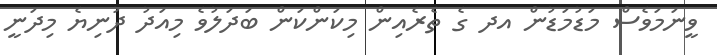
ވީނަމަވެސް މަޑުމަޑުން އދ ގެ ތެރެއިން މިކަންކަން ބަދަލުވެ މިއަދު ދުނިޔެ މިދަނީ